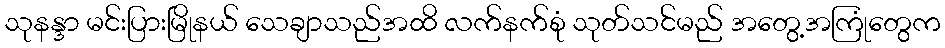
သုနန္ဒာ မင်းပြားမြိုနယ် သေချာသည်အထိ လက်နက်စုံ သုတ်သင်မည် အတွေ့အကြုံတွေက